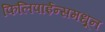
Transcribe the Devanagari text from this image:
फिलिपाईन्समधून